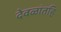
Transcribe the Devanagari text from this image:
देवळांतहि